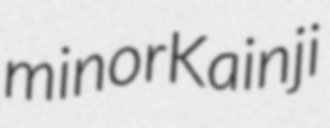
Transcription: minor Kainji